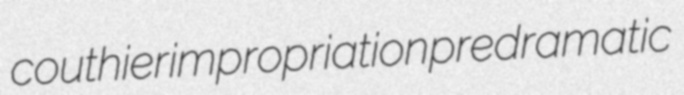
couthier impropriation predramatic